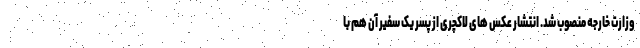
وزارت خارجه منصوب شد. انتشار عکس های لاکچری از پسر یک سفیر آن هم با